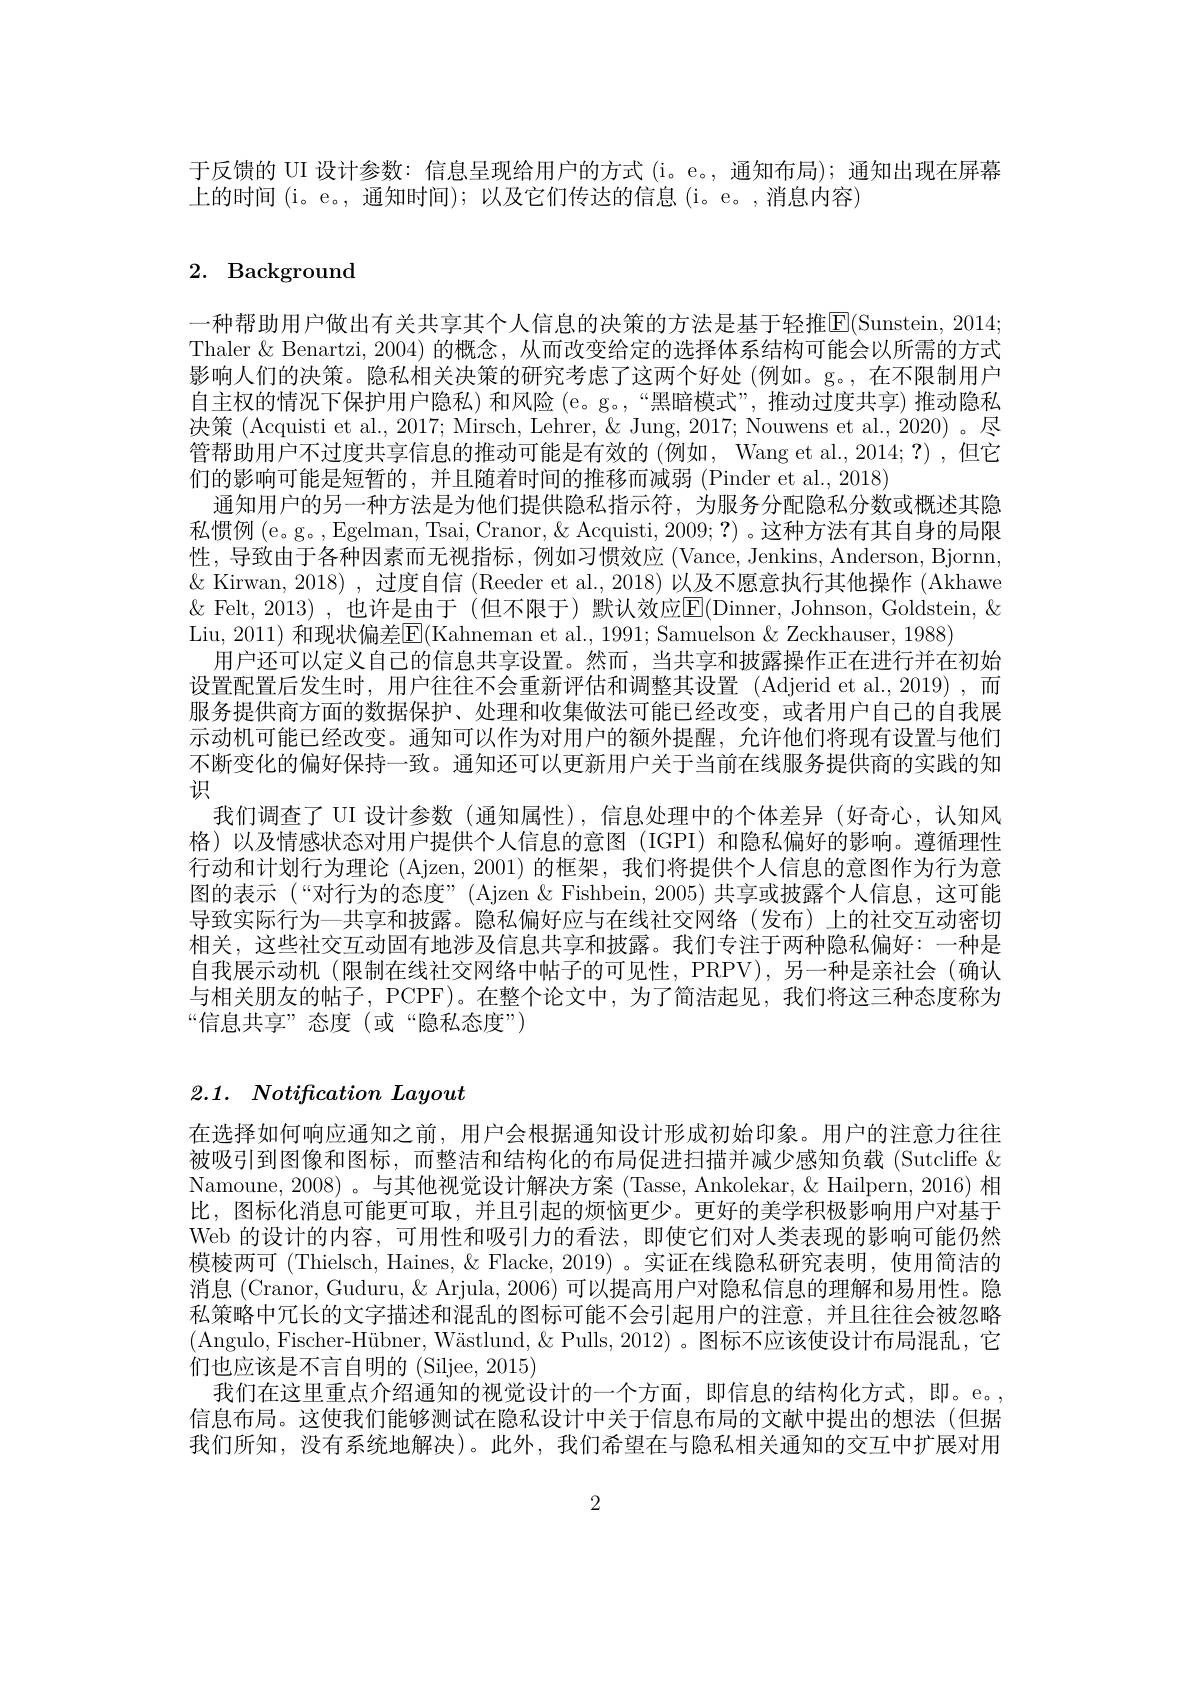
于反馈的 UI 设计参数：信息呈现给用户的方式(i。e。, 通知布局); 通知出现在屏幕
上的时间 (i。e。, 通知时间); 以及它们传达的信息 (i。e。,消息内容)

# 2. Background

一种帮助用户做出有关共享其个人信息的决策的方法是基于轻推$\boxed{\mathrm{E}}($Sunstein, 2014; Thaler & Benartzi, 2004) 的概念，从而改变给定的选择体系结构可能会以所需的方式影响人们的决策。隐私相关决策的研究考虑了这两个好处(例如。g。,在不限制用户自主权的情况下保护用户隐私)和风险(e。g。,“黑暗模式”,推动过度共享)推动隐私决策 (Acquisti et al., 2017; Mirsch, Lehrer, & Jung, 2017; Nouwens et al., 2020)。尽管帮助用户不过度共享信息的推动可能是有效的 (例如，Wang et al.,2014;?) ,但它们的影响可能是短暂的，并且随着时间的推移而减弱 (Pinder et al., 2018)
通知用户的另一种方法是为他们提供隐私指示符，为服务分配隐私分数或概述其隐私惯例 (e。g。, Egelman, Tsai, Cranor, & Acquisti, 2009; ?) 。这种方法有其自身的局限性，导致由于各种因素而无视指标，例如习惯效应 (Vance, Jenkins, Anderson, Bjornn, $\&$ Kirwan, 2018) , 过度自信 (Reeder et al., 2018) 以及不愿意执行其他操作 (Akhawe $\&$ Felt, 2013) , 也许是由于 (但不限于) 默认效应E$( Dinner, Johnson, Goldstein, \&$ Liu, 2011) 和现状偏差$\boxed{\mathrm{E}}($Kahneman et al., 1991; Samuelson & Zeckhauser, 1988)
用户还可以定义自己的信息共享设置。然而，当共享和披露操作正在进行并在初始设置配置后发生时，用户往往不会重新评估和调整其设置(Adjerid et al.,2019),而服务提供商方面的数据保护、处理和收集做法可能已经改变，或者用户自己的自我展示动机可能已经改变。通知可以作为对用户的额外提醒，允许他们将现有设置与他们不断变化的偏好保持一致。通知还可以更新用户关于当前在线服务提供商的实践的知识
我们调查了 UI 设计参数 (通知属性),信息处理中的个体差异 (好奇心，认知风格)以及情感状态对用户提供个人信息的意图(IGPI)和隐私偏好的影响。遵循理性行动和计划行为理论 (Ajzen, 2001) 的框架，我们将提供个人信息的意图作为行为意图的表示 (“对行为的态度”(Ajzen & Fishbein, 2005) 共享或披露个人信息，这可能导致实际行为一共享和披露。隐私偏好应与在线社交网络(发布)上的社交互动密切相关，这些社交互动固有地涉及信息共享和披露。我们专注于两种隐私偏好：一种是自我展示动机(限制在线社交网络中帖子的可见性，PRPV),另一种是亲社会(确认与相关朋友的帖子，PCPF)。在整个论文中，为了简洁起见，我们将这三种态度称为“信息共享”态度(或“隐私态度”)

# 2.1. $Notification\textit{ Layout}$

在选择如何响应通知之前，用户会根据通知设计形成初始印象。用户的注意力往往被吸引到图像和图标，而整洁和结构化的布局促进扫描并减少感知负载 (Sutcliffe & Namoune, 2008)。与其他视觉设计解决方案 (Tasse, Ankolekar, & Hailpern, 2016) 相比，图标化消息可能更可取，并且引起的烦恼更少。更好的美学积极影响用户对基于Web 的设计的内容，可用性和吸引力的看法，即使它们对人类表现的影响可能仍然模棱两可(Thielsch, Haines, & Flacke, 2019)。实证在线隐私研究表明，使用简洁的消息 (Cranor, Guduru, & Arjula, 2006) 可以提高用户对隐私信息的理解和易用性。隐私策略中冗长的文字描述和混乱的图标可能不会引起用户的注意，并且往往会被忽略(Angulo, Fischer-Hübner, Wästlund, & Pulls, 2012) 。图标不应该使设计布局混乱，它们也应该是不言自明的 (Siljee, 2015)
我们在这里重点介绍通知的视觉设计的一个方面，即信息的结构化方式，即。e。, 信息布局。这使我们能够测试在隐私设计中关于信息布局的文献中提出的想法(但据我们所知，没有系统地解决)。此外，我们希望在与隐私相关通知的交互中扩展对用

2